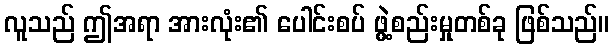
လူသည် ဤအရာ အားလုံး၏ ပေါင်းစပ် ဖွဲ့စည်းမှုတစ်ခု ဖြစ်သည်။